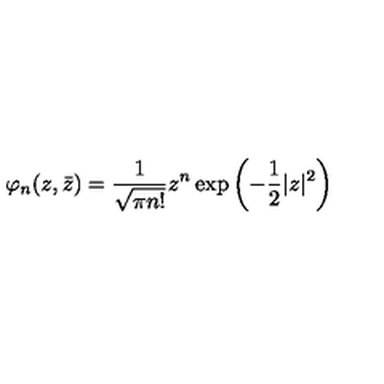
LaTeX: \varphi _ { n } ( z , \bar { z } ) = { \frac { 1 } { \sqrt { \pi n ! } } } z ^ { n } \exp \left( - { \frac { 1 } { 2 } } | z | ^ { 2 } \right)